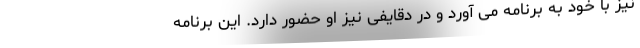
نیز با خود به برنامه می آورد و در دقایفی نیز او حضور دارد. این برنامه